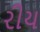
રીય